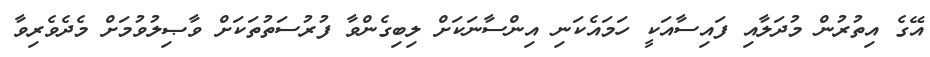
އޭގެ އިތުރުން މުދަލާއި ފައިސާއަކީ ހަމައެކަނި އިންސާނަކަށް ލިބިގެންވާ ފުރުސަތުތަކަށް ވާޞިލުވުމަށް މެދެވެރިވާ